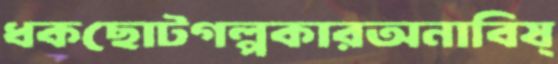
ধকছোটগল্পকারঅনাবিষ্